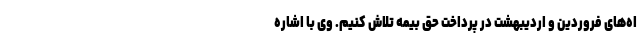
اه‌های فروردین و اردیبهشت در پرداخت حق بیمه تلاش کنیم. وی با اشاره